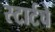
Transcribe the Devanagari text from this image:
स्टार्टचे